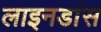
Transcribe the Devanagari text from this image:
लाइनडांस